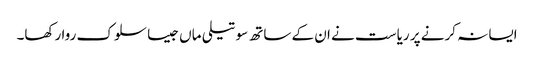
ایسا نہ کرنے پر ریاست نے ان کے ساتھ سوتیلی ماں جیسا سلوک روا رکھا۔